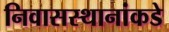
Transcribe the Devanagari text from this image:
निवासस्थानांकडे